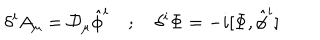
\delta ^ { i } A _ { \mu } = { \cal D } _ { \mu } \hat { \phi } ^ { i } ; \delta ^ { i } \Phi = - i [ \Phi , \hat { \phi } ^ { i } ]